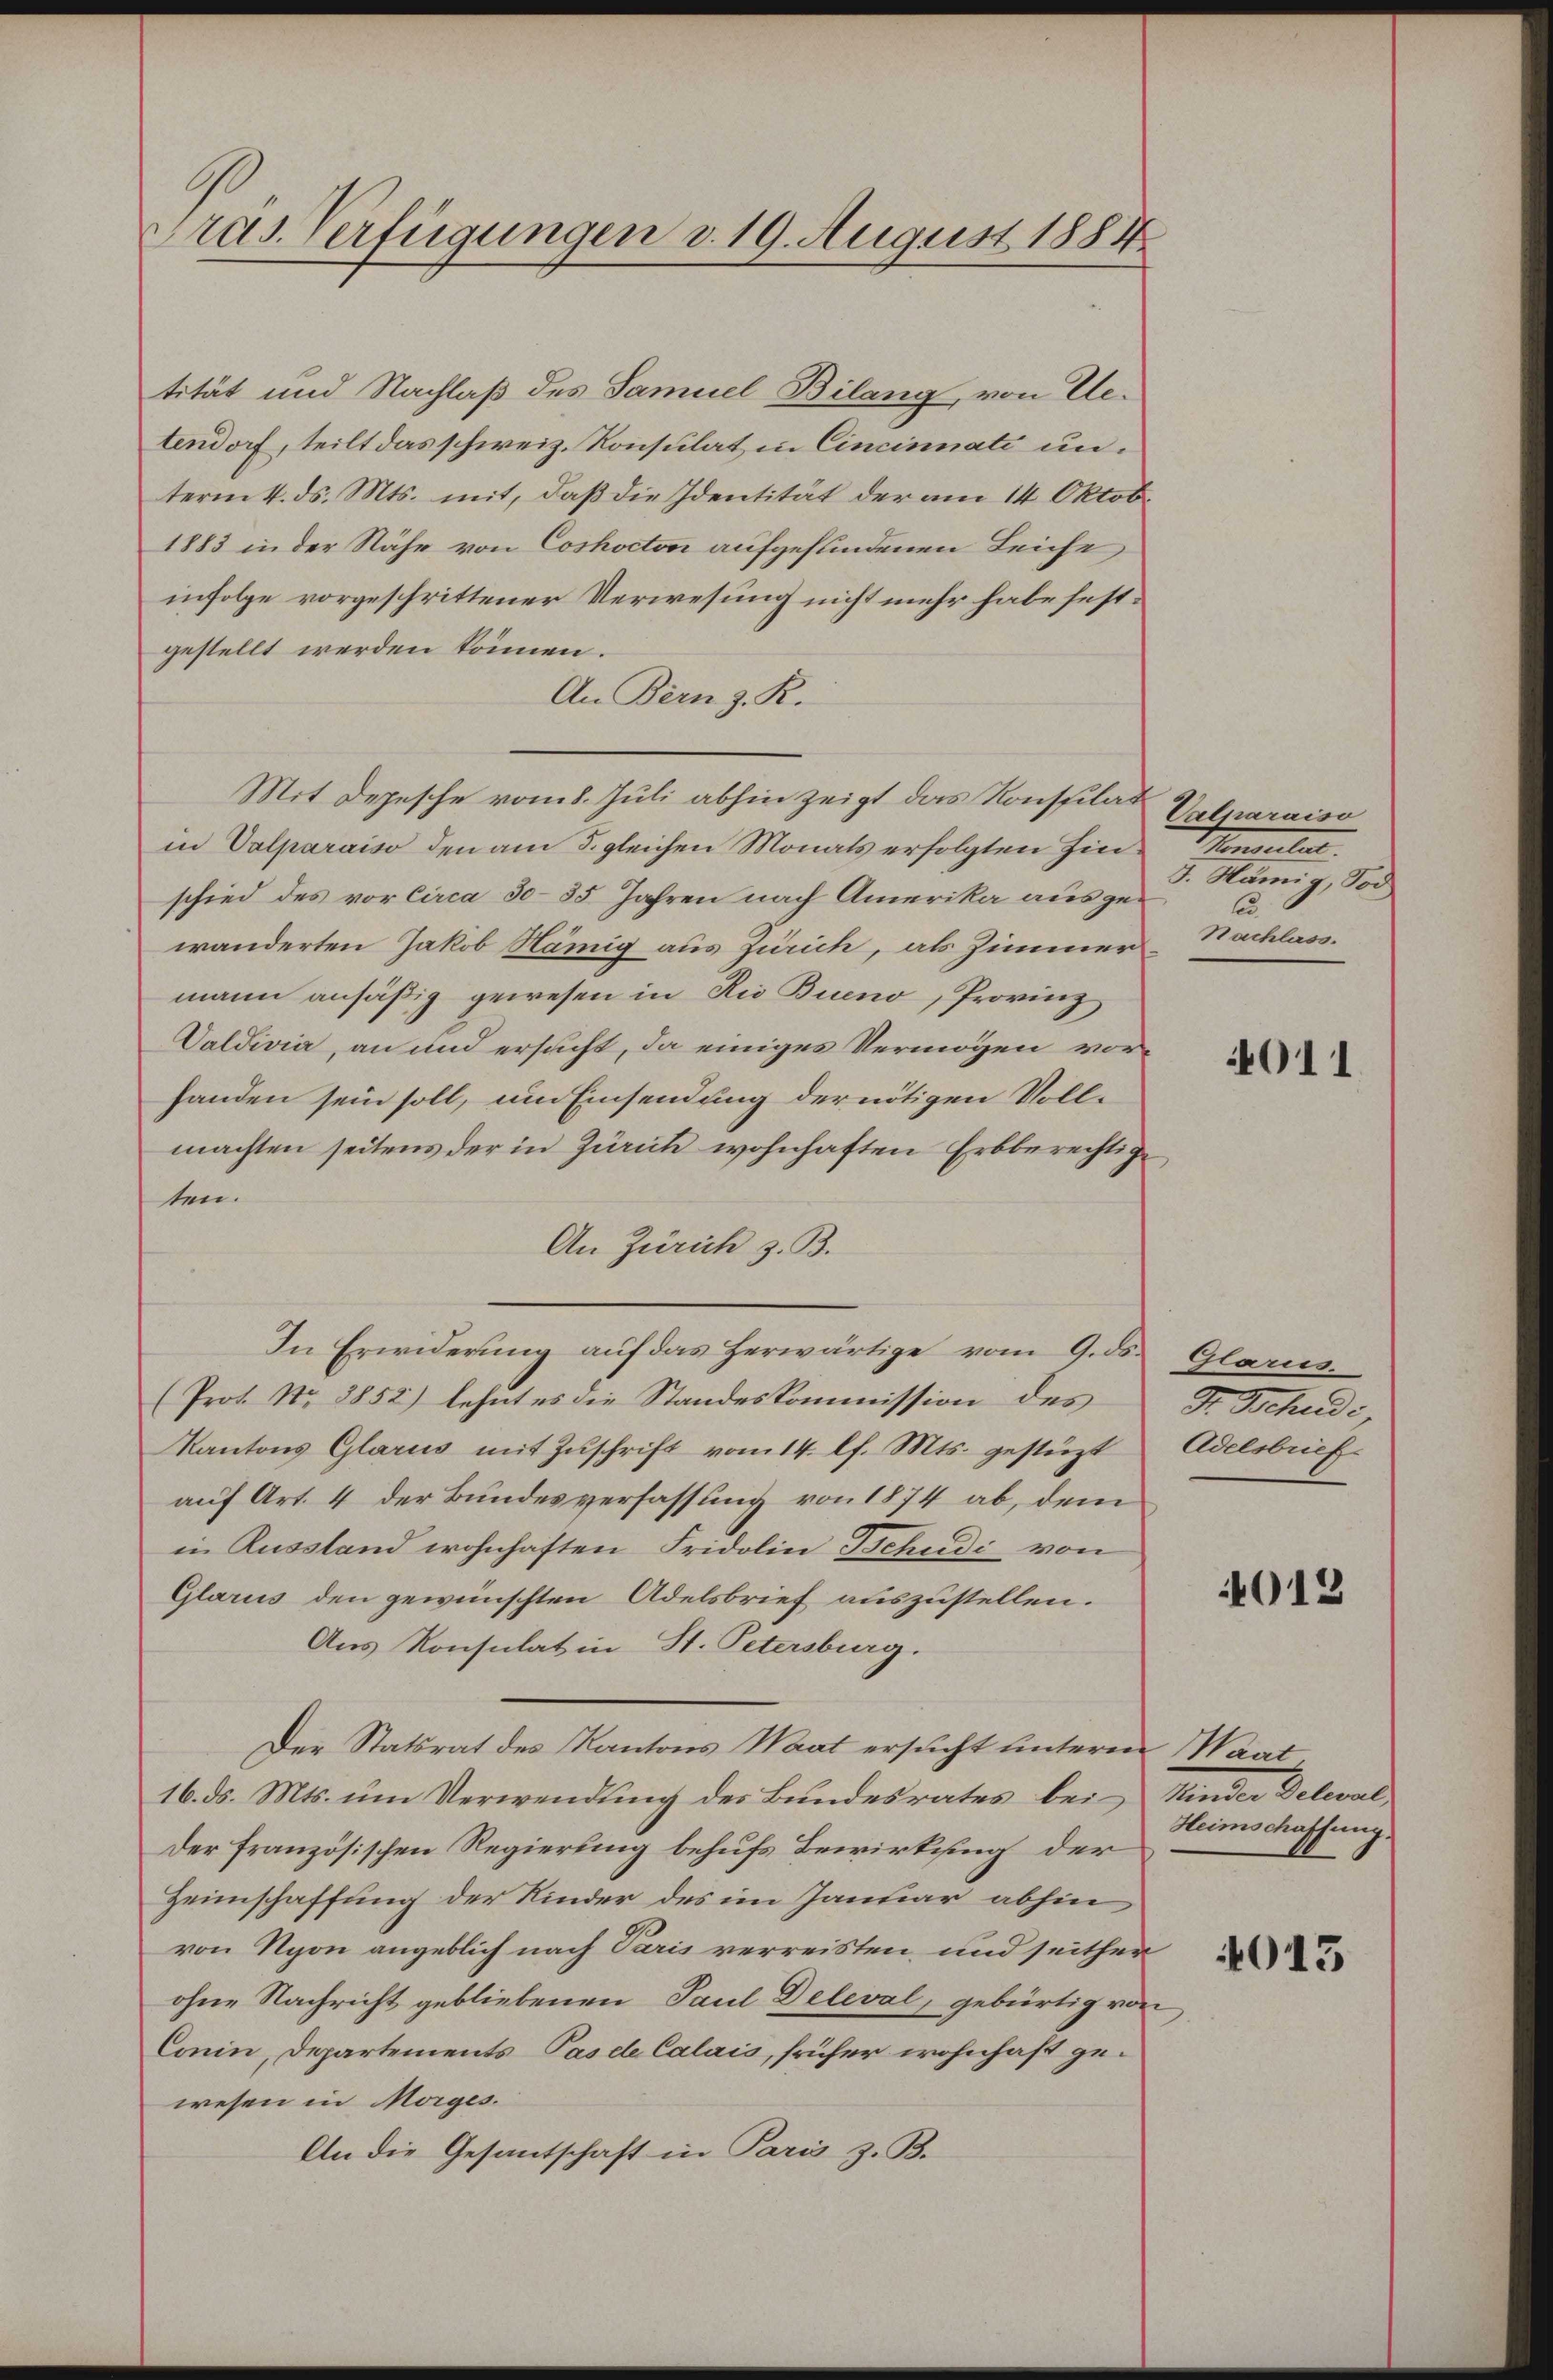
Präs. Verfügungen d. 19. August 1884

tität und Nachlaß des Samuel Bilang, von Uetendorf, teilt das schweiz. Konsulat in Cincinnati unterm 4. ds. Mts. mit, daß die Identität der am 14. Oktob.
1883 in der Nähe von Coshocton aufgefundenen Leiche
infolge vorgeschrittener Verwesung nicht mehr habe festgestellt werden können.
An Bern z. R.
Mit Depesche vom 8. Juli abhin zeigt das Konstilat
in Valparaiso den am 5. gleichen Monats erfolgten Hinschied des vor circa 30-35 Jahren nach Amerika ausgewänderten Jakob Hämig aus Zürich, als Zimmer
mann ansäßig gewesen in Rio Bueno, Provinz
Valdivia, an und ersucht, da einiges Vermögen vorhanden sein soll, um Einsendung der nötigen Vollmachten seitens der in Zürich wohnhaften Erbberechtige
ten.
An Zürich z. B.
In Erwiderung auf das herwärtige vom 9. ds. Glarus
(Prot. No 3852) lehnt es die Standeskommission des
Kantons Glarus mit Zuschrift vom 14. lf. Mts. gestüzt
auf Art. 4 der Bundesverfassung von 1874 ab, dem
in Russland wohnhaften Fridolin Schudi von
Glarus den gewünschten Adelsbrief auszustellen.
Aus Konsulat in St. Petersburg.
Der Statsrat des Kantons Maat ersucht unterm Maat
16. ds. Mts. um Verwendung des Bundesrates bei Kinder Delwal
Der französischen Regierung behufs Bewirkung der
Heimschaffung der Kinder des im Januar abhin
von Nyon angeblich nach Paris verreisten, und seither
ohne Nachricht gebliebenen Paul Deleval, gebürtig von
Conin, Departements Pasde Calais, früher wohnhaft gewesen in Morges.
An die Gesantschaft in Paris z. B.

Calparaiso
Monsulat
J. Hämig, Tod
u
Nachlass.

4011

F. Tschudi,
Adelsbrief.

013

Heims Maschung

4013